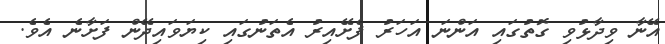
އޭނާ ވިދާޅުވި ގޮތުގައި އަންނަ އަހަރު ފެށޭއިރު އެތަނުގައި ކިޔަވައިދޭން ފަށާނެ އެވެ.